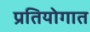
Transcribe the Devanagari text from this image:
प्रतियोगात